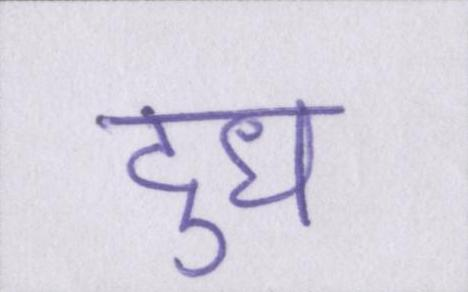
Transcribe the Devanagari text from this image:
दुध